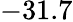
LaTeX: -31.7